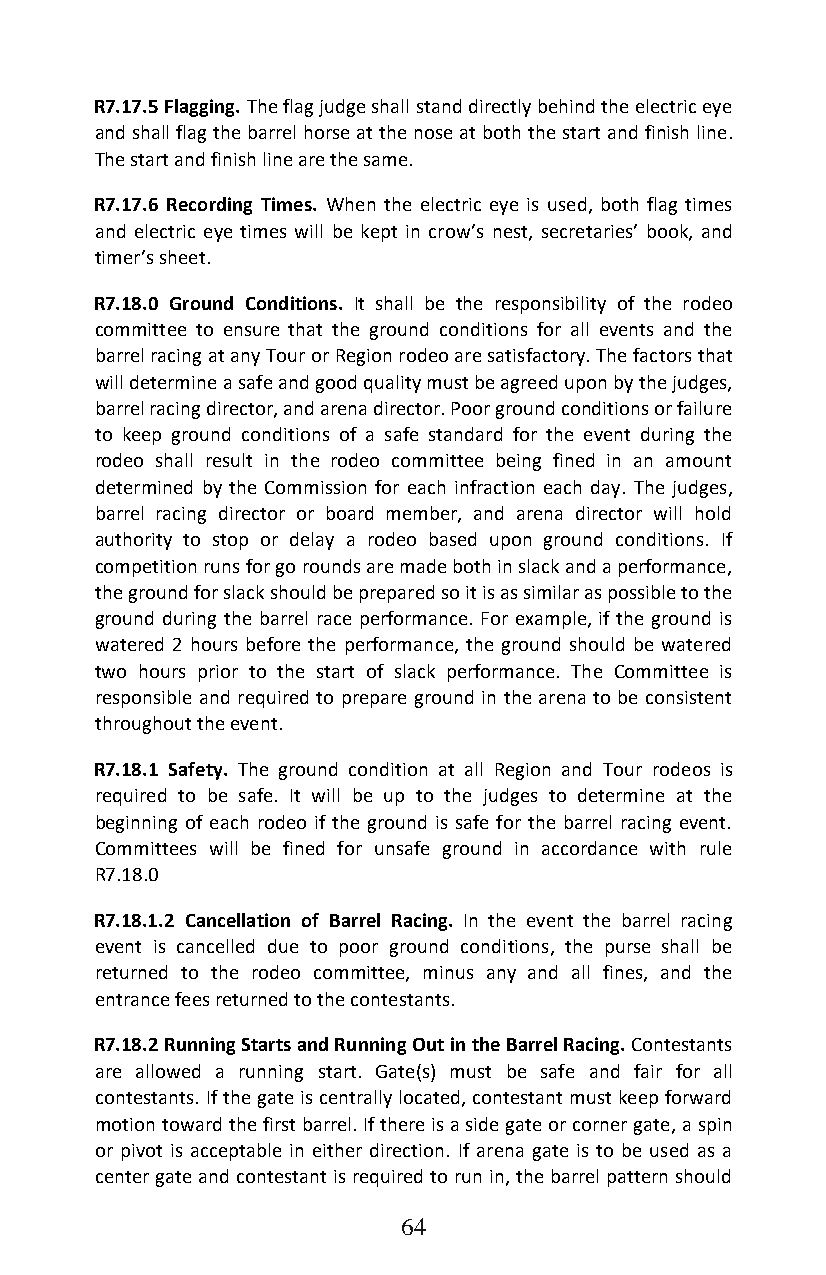
R7.17.5 Flagging. The flag judge shall stand directly behind the electric eye
 and shall flag the barrel horse at the nose at both the start and finish line.
 The start and finish line are the same.
 R7.17.6 Recording Times. When the electric eye is used, both flag times
 and electric eye times will be kept in crow’s nest, secretaries’ book, and
 timer’s sheet.
 R7.18.0 Ground Conditions. It shall be the responsibility of the rodeo
 committee to ensure that the ground conditions for all events and the
 barrel racing at any Tour or Region rodeo are satisfactory. The factors that
 will determine a safe and good quality must be agreed upon by the judges,
 barrel racing director, and arena director. Poor ground conditions or failure
 to keep ground conditions of a safe standard for the event during the
 rodeo shall result in the rodeo committee being fined in an amount
 determined by the Commission for each infraction each day. The judges,
 barrel racing director or board member, and arena director will hold
 authority to stop or delay a rodeo based upon ground conditions. If
 competition runs for go rounds are made both in slack and a performance,
 the ground for slack should be prepared so it is as similar as possible to the
 ground during the barrel race performance. For example, if the ground is
 watered 2 hours before the performance, the ground should be watered
 two hours prior to the start of slack performance. The Committee is
 responsible and required to prepare ground in the arena to be consistent
 throughout the event.
 R7.18.1 Safety. The ground condition at all Region and Tour rodeos is
 required to be safe. It will be up to the judges to determine at the
 beginning of each rodeo if the ground is safe for the barrel racing event.
 Committees will be fined for unsafe ground in accordance with rule
 R7.18.0
 R7.18.1.2 Cancellation of Barrel Racing. In the event the barrel racing
 event is cancelled due to poor ground conditions, the purse shall be
 returned to the rodeo committee, minus any and all fines, and the
 entrance fees returned to the contestants.
 R7.18.2 Running Starts and Running Out in the Barrel Racing. Contestants
 are allowed a running start. Gate(s) must be safe and fair for all
 contestants. If the gate is centrally located, contestant must keep forward
 motion toward the first barrel. If there is a side gate or corner gate, a spin
 or pivot is acceptable in either direction. If arena gate is to be used as a
 center gate and contestant is required to run in, the barrel pattern should
 64